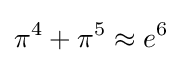
\pi ^{4}+\pi ^{5}\approx e^{6}